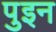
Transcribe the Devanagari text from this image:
पुइन